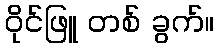
ဝိုင်ဖြူ တစ် ခွက်။